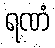
ရဏံ